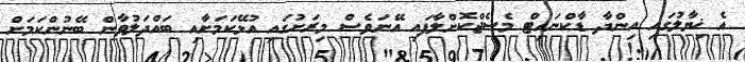
އެ ޚިޔާލުގައި އިންދާ ޑާކްނައިޓް މެސެޖްކޮށްލާފައި އޭނަވެސް މިރަށުގައި އުޅޭކަމަށާއި ބައްދަލުވާން ބޭނުންކަމަށް